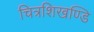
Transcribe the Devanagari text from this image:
चित्रशिखण्डि